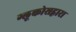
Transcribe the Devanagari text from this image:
ग्लूकोसद्वारा